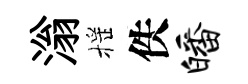
滃摇佚皤